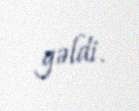
gəldi.